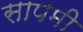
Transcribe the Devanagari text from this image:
सापमी